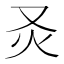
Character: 𤆆